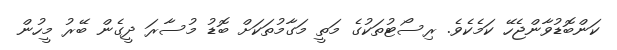
ކަންބޮޑުވާންޖެހޭ ކަމެކެވެ. ރިސޯޓުތަކުގެ މަތީ މަގާމުތަކަށް ބޮޑު މުސާރަ ދީގެން ބޭރު މީހުން